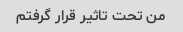
من تحت تاثیر قرار گرفتم